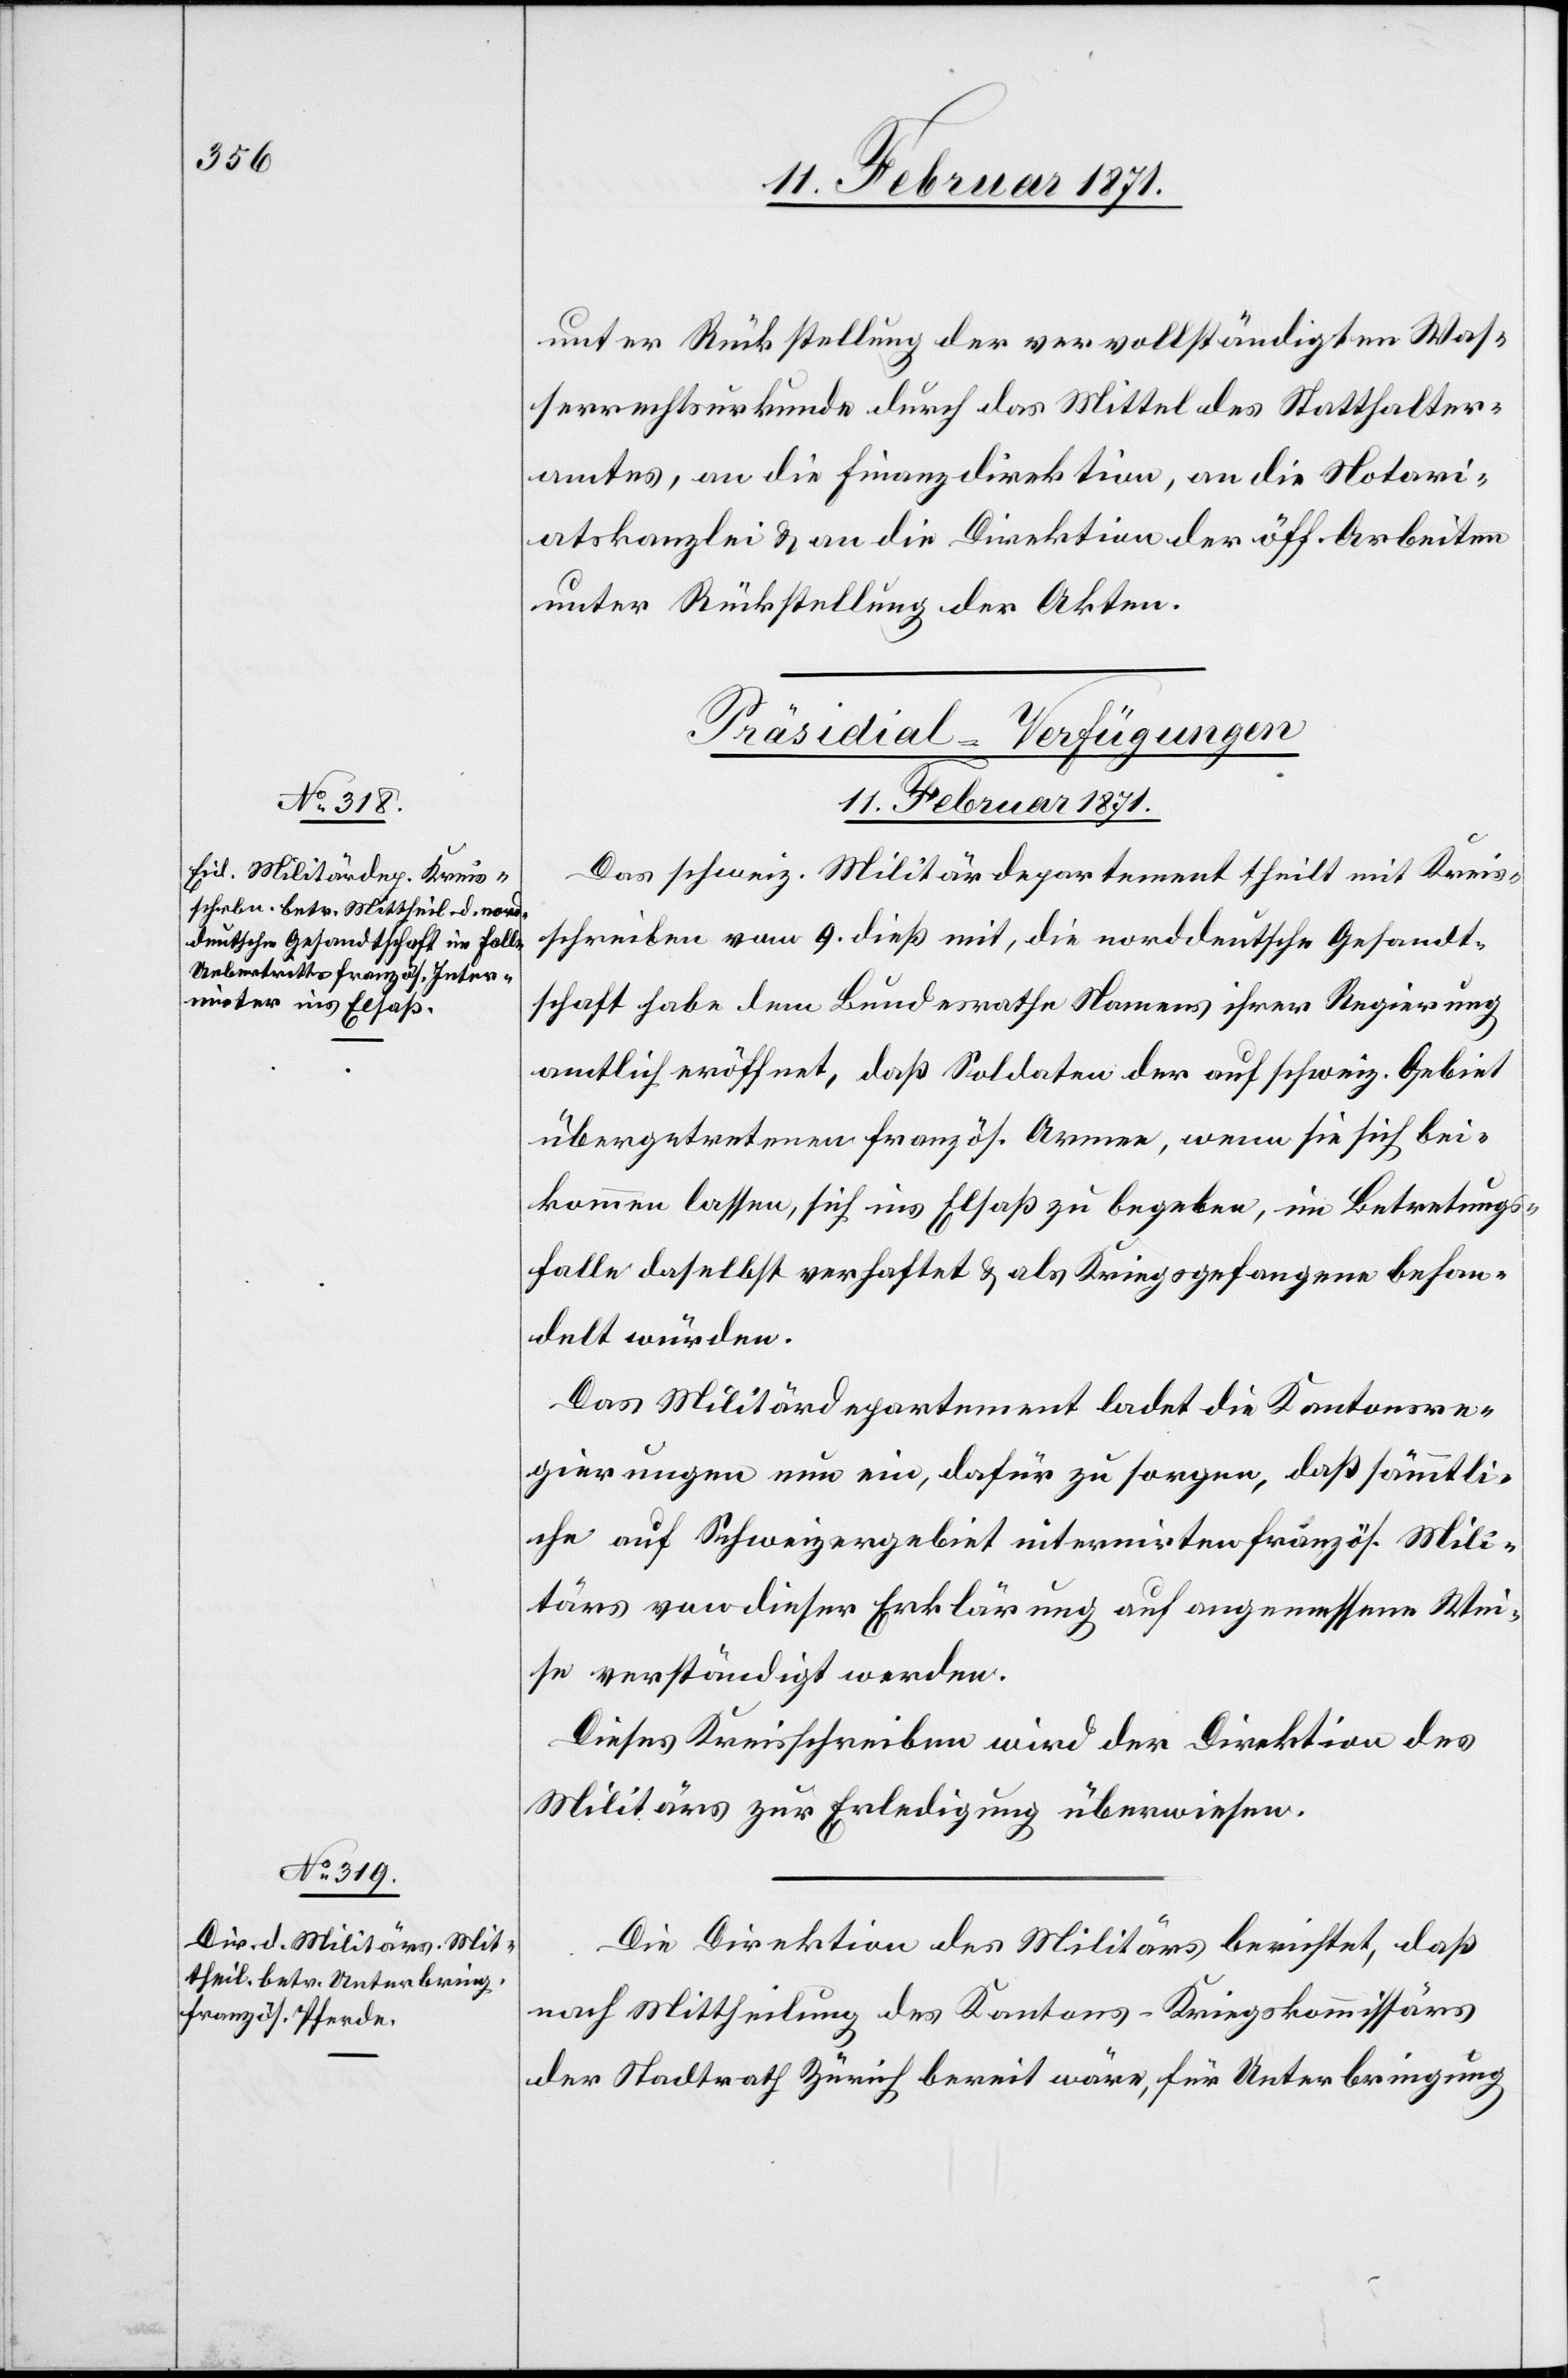
11. Februar 1871.]
unter Rückstellung der vervollständigten Was¬
serrechtsurkunde durch das Mittel des Statthalter¬
amtes, an die Finanzdirektion, an die Notari¬
atskanzlei u. an die Direktion der öff. Arbeiten
unter Rückstellung der Akten.
[Präsidial-Verfügungen
11. Februar 1871.
Das schweiz. Militärdepartement theilt mit Kreis¬
schreiben vom 9. dieß mit, die norddeutsche Gesandt¬
schaft habe dem Bundesrathe Namens ihrer Regierung
amtlich eröffnet, daß Soldaten der auf schweiz. Gebiet
übergetretenen französ. Armee, wenn sie sich bei¬
kommen lassen, sich ins Elsaß zu begeben, im Betretungs¬
falle daselbst verhaftet u. als Kriegsgefangene behan¬
delt würden.
Das Militärdepartement ladet die Kantonsre¬
gierungen nun ein, dafür zu sorgen, daß sämmtli¬
che auf Schweizergebiet internirten französ. Mili¬
tärs von dieser Erklärung auf angemessene Wei¬
se verständigt werden.
Diese Kreisschreiben wird der Direktion des
Militärs zur Erledigung überwiesen.
Die Direktion des Militärs berichtet, daß
nach Mittheilung des Kantons-Kriegskommissärs
der Stadtrath Zürich bereit wäre, für Unterbringung